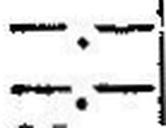
—.—